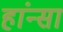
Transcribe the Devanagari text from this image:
हांन्सा